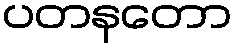
ပတနတော